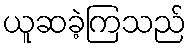
ယူဆခဲ့ကြသည်